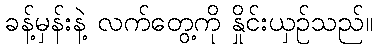
ခန့်မှန်းနဲ့ လက်တွေ့ကို နှိုင်းယှဉ်သည်။